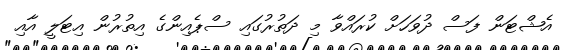
އެޝްޓަން ފަސް ދުވަހަށް ކުރައްވާ މި ދަތުރުގައި ސްޕެއިންގެ އިތުރުން އިޓަލީ އާއި